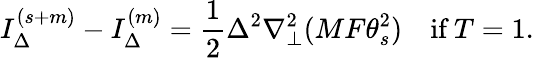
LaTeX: I_{\Delta}^{(s+m)}-I_{\Delta}^{(m)}=\frac{1}{2}\Delta^{2}\nabla_{\perp}^{2}(MF\theta_{s}^{2})\quad\textrm{if~}T=1.